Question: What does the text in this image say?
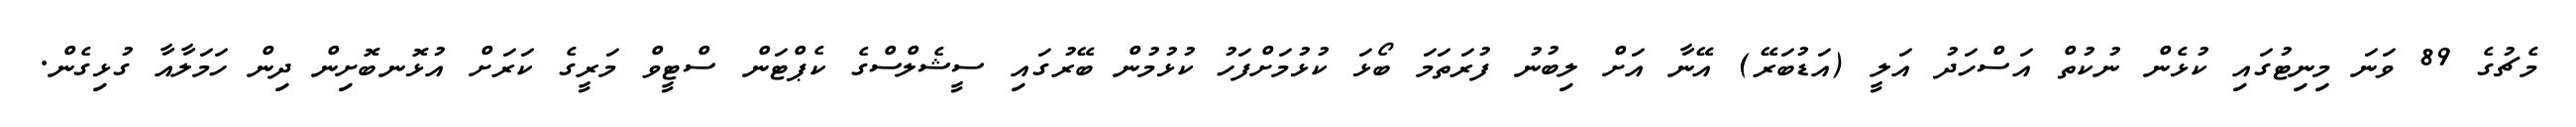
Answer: މެޗުގެ 89 ވަނަ މިނިޓުގައި ކުޅެން ނުކުތް އަސްހަދު އަލީ (އަޑުބަރޭ) އޭނާ އަށް ލިބުނު ފުރަތަމަ ބޯޅަ ކުޅުމަށްފަހު ކުޅުމުން ބޭރުގައި ސީޝެލްސްގެ ކެޕްޓަން ސްޓީވް މަރީގެ ކަރަށް އުޅޮނބޮށިން ދިން ހަމަލާއާ ގުޅިގެން.